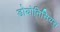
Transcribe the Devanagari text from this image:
डोयोनिसियस